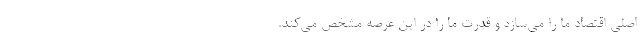
اصلیِ اقتصادِ ما را می‌سازد و قدرتِ ما را در این عرصه مشخص می‌کند.